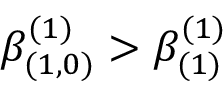
\beta _ { ( 1 , 0 ) } ^ { ( 1 ) } > \beta _ { ( 1 ) } ^ { ( 1 ) }